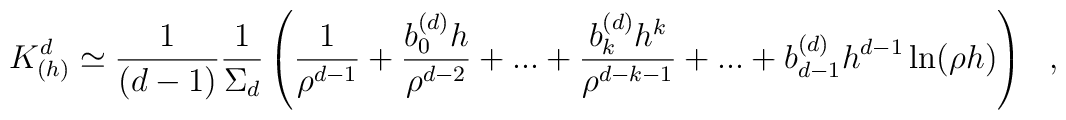
K^d_{(h)}\simeq {1\over (d-1)}{1\over \Sigma_d}\left({1\over \rho^{d-1}}+{b_0^{(d)}h\over \rho^{d-2}}+...+{b_k^{(d)}h^k\over \rho^{d-k-1}}+...+b^{(d)}_{d-1}h^{d-1} \ln (\rho h) \right)~~,